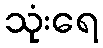
သုံးရေ